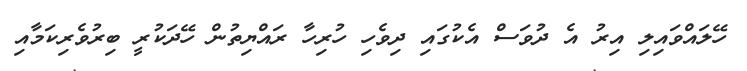
ހޭލައްވައިލި އިރު އެ ދުވަސް އެކުގައި ދިވެހި ހުރިހާ ރައްޔިތުން ހޭދަކުރީ ބިރުވެރިކަމާއި